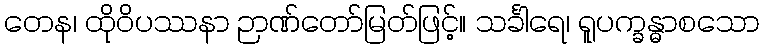
တေန၊ ထိုဝိပဿနာ ဉာဏ်တော်မြတ်ဖြင့်။ သင်္ခါရေ၊ ရူပက္ခန္ဓာစသော